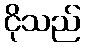
ငိုသည်